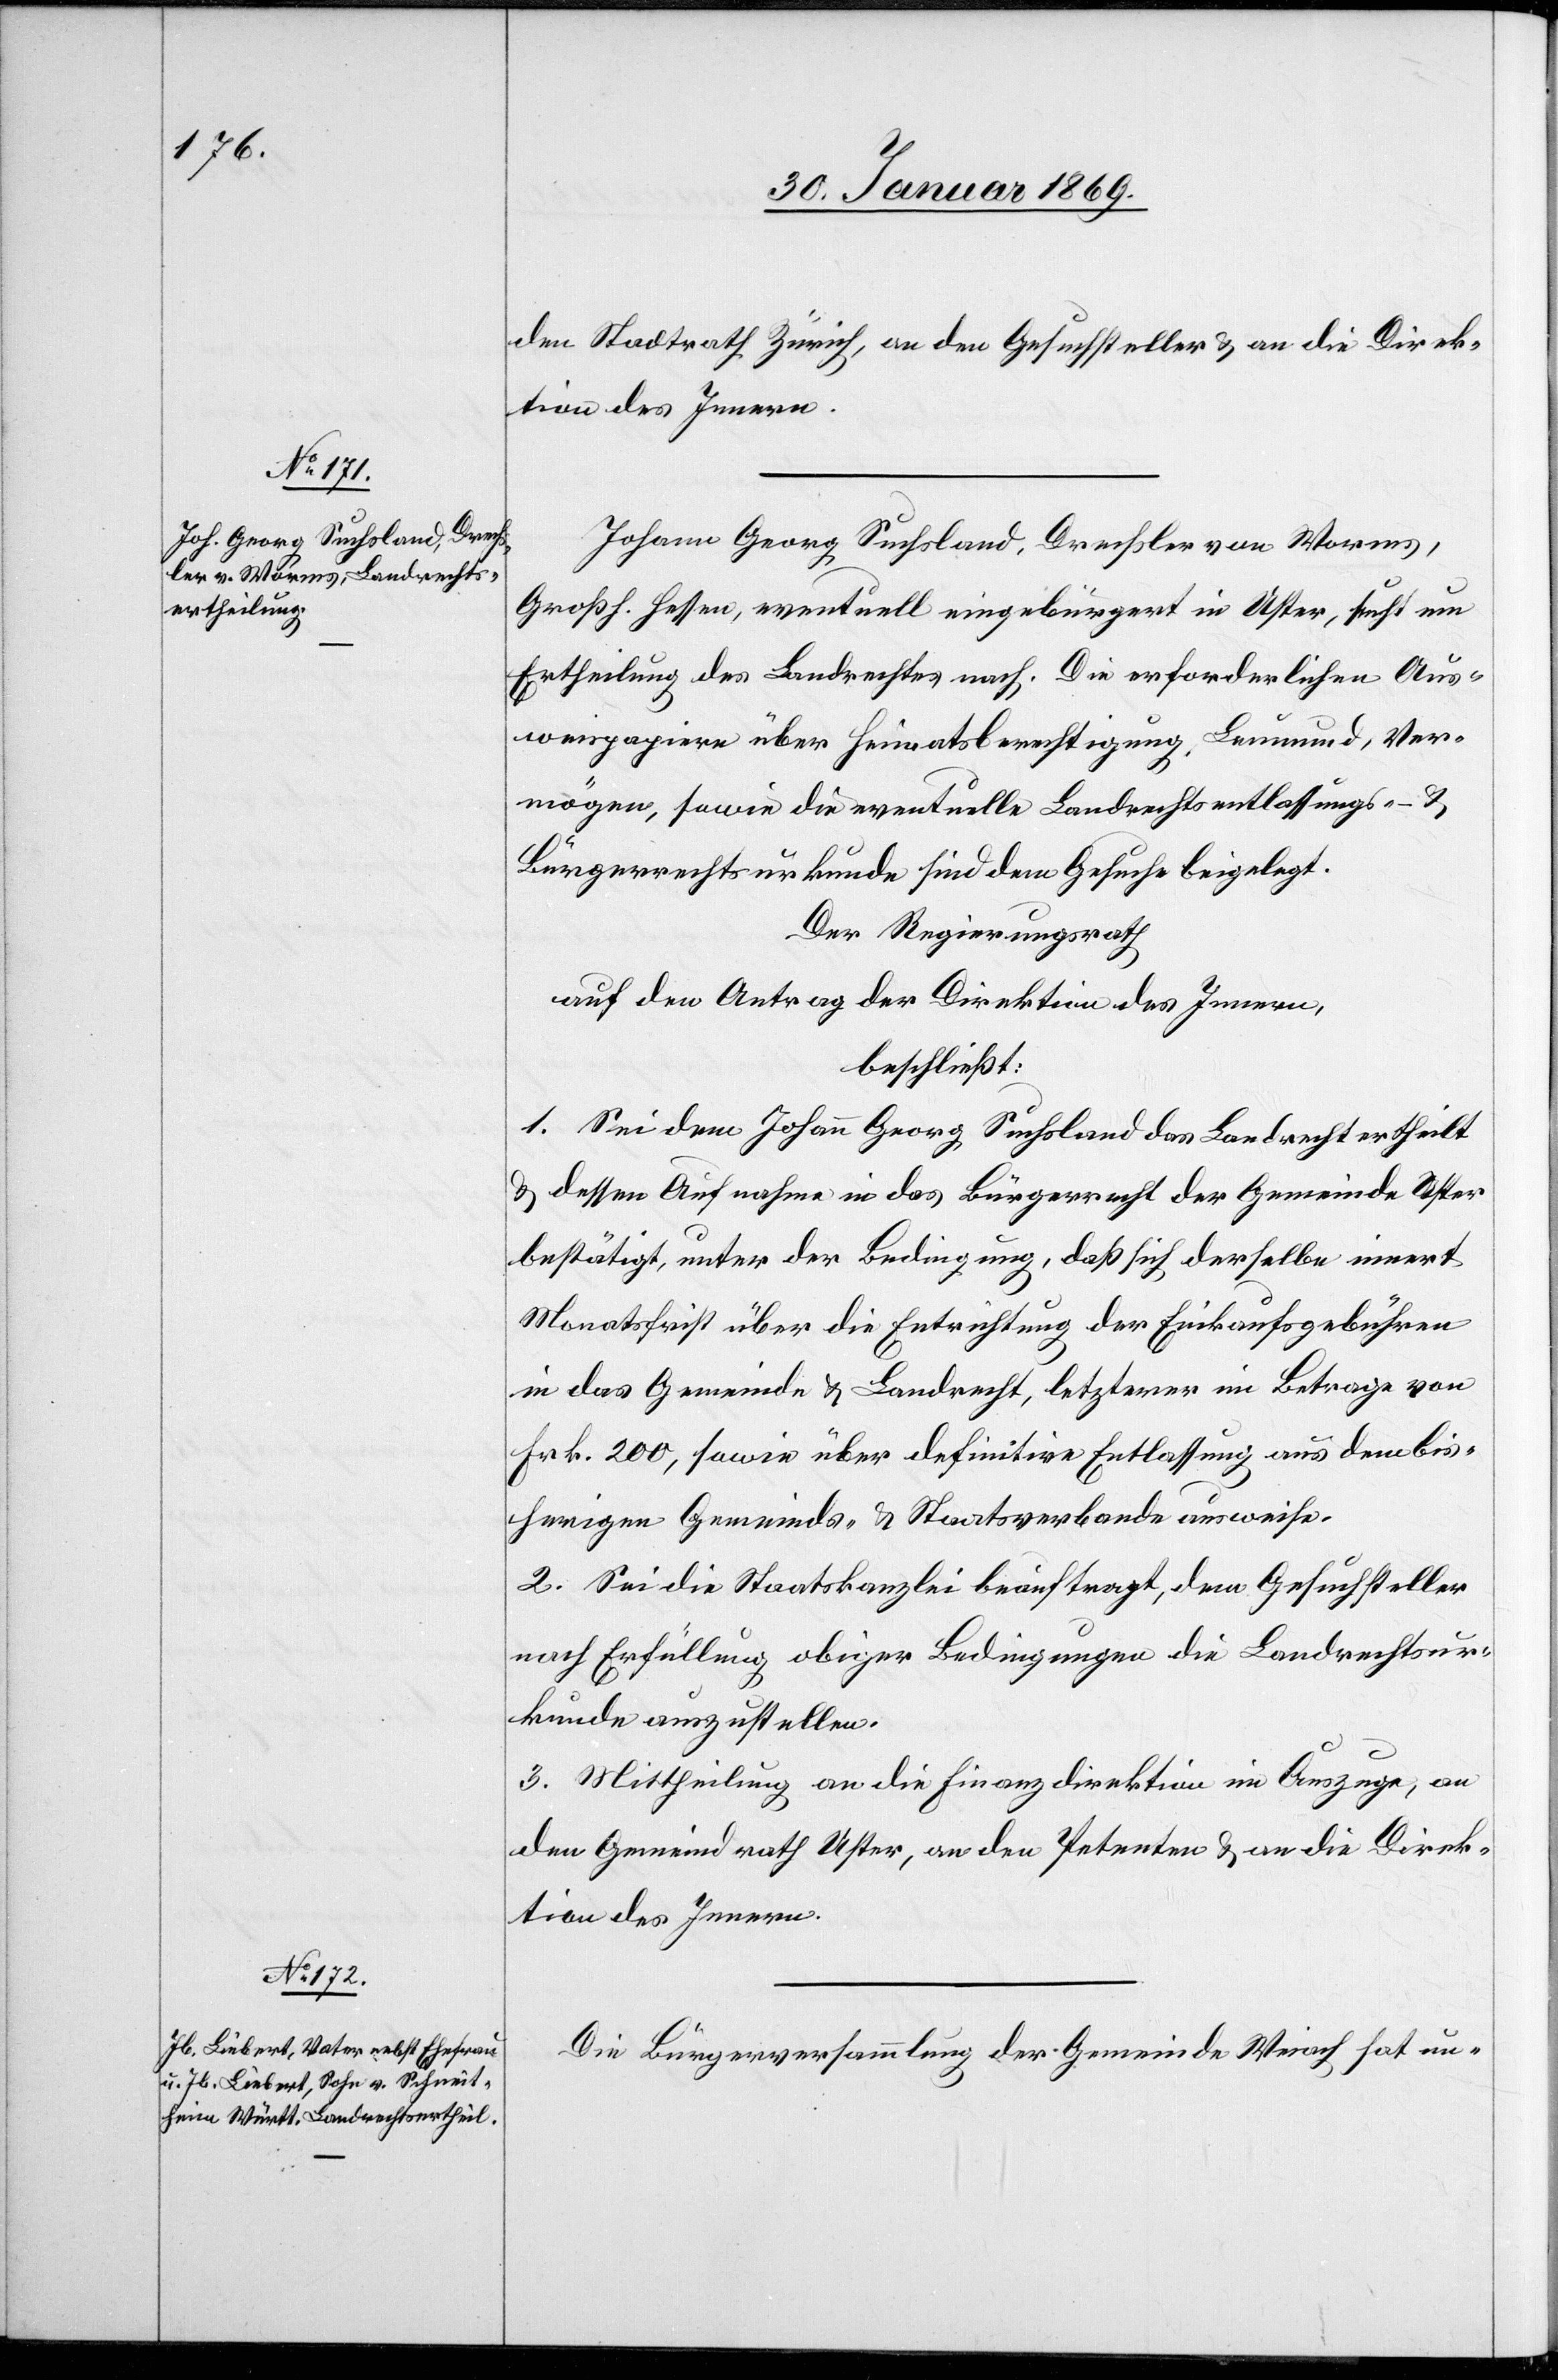
den Stadtrath Zürich, an den Gesuchsteller u. an die Direk¬
tion des Innern.
Johann Georg Suchsland, Drechsler von Worms,
Großh. Hessen, eventuell eingebürgert in Uster, sucht um
Ertheilung des Landrechtes nach. Die erforderlichen Aus¬
weispapiere über Heiratsberechtigung, Leumund, Ver¬
mögen, sowie die eventuelle Landrechtsentlassung- u.
Bürgerrechtsurkunde sind dem Gesuche beigelegt.
Der Regierungsrath
auf den Antrag der Direktion des Innern,
beschließt:
1. Sei dem Johann Georg Suchsland das Landrecht ertheilt
u. dessen Aufnahme in das Bürgerrecht der Gemeinde Uster
bestätigt, unter der Bedingung, daß sich derselbe innert
Monatsfrist über die Entrichtung der Einkaufsgebühren
in das Gemeinde- u. Landrecht, letzterer im Betrage von
Frk. 200, sowie über definitive Entlassung aus dem bis¬
herigen Gemeinds- u. Staatsverbande ausweise.
2. Sei die Staatskanzlei beauftragt, dem Gesuchsteller
nach Erfüllung obiger Bedingungen die Landrechtsur¬
kunde auszustellen.
3. Mittheilung an die Finanzdirektion im Auszuge, an
den Gemeindrath Uster, an den Petenten u. an die Direk¬
tion des Innern.
Die Bürgerversammlung der Gemeinde Weiach hat un-